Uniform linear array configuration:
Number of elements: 4
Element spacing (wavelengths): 0.25
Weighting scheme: uniform
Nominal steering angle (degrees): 45
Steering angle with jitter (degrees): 43.892
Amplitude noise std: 0.05
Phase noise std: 0.05

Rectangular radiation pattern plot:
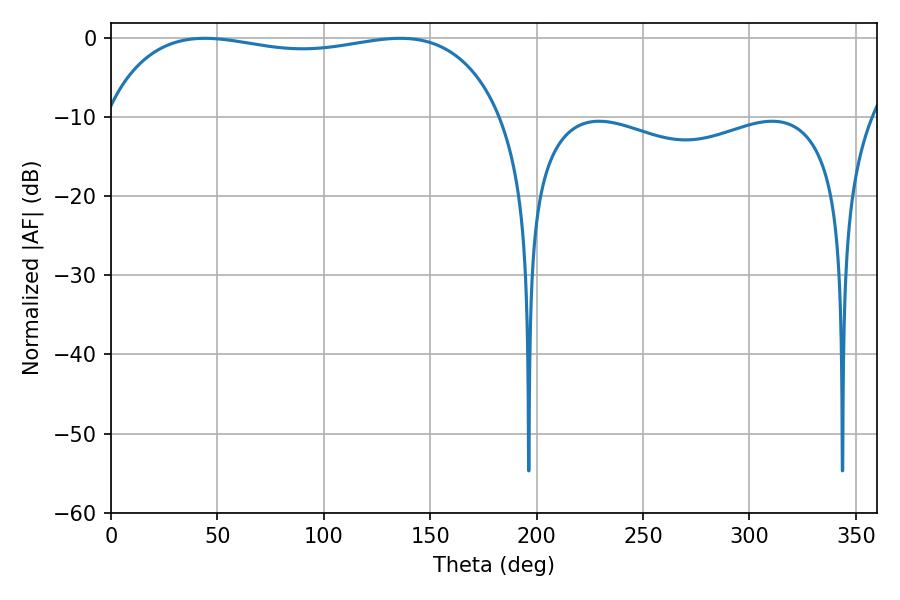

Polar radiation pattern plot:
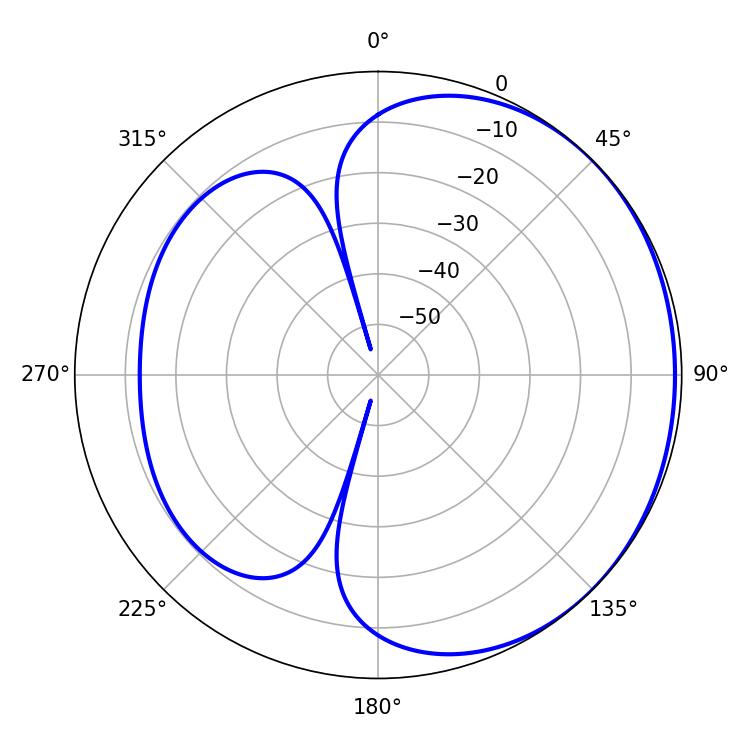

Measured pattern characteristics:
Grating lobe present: FALSE
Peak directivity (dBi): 1.103
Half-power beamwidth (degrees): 151.2
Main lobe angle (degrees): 44.1